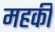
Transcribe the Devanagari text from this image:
महकी